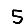
Digit: 5